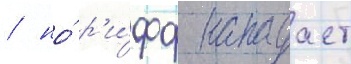
/ но́ р'и́фф нападает